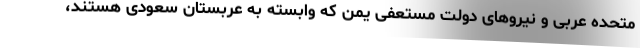
متحده عربی و نیروهای دولت مستعفی یمن که وابسته به عربستان سعودی هستند،